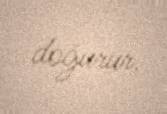
doğurur.